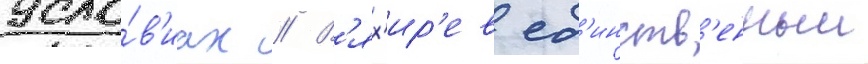
усло́в'иах // В'ях'ир'ев ед'инств'енныи